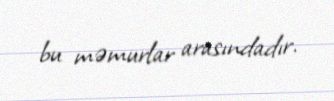
bu məmurlar arasındadır.